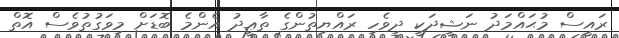
ރައީސް މުޙައްމަދު ނަޝީދަކީ ދިވެހި ރައްޔިތުންގެ ތާޢީދު އެންމެ ބޮޑަށް މިވަގުތުވެސް އޮތް